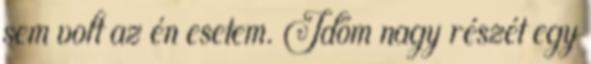
sem volt az én esetem. Időm nagy részét egy